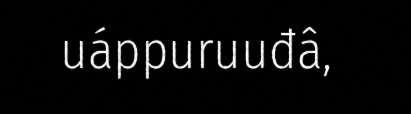
uáppuruuđâ,